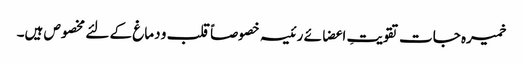
خمیرہ جات تقویتِ اعضائے رئیسہ خصوصاً قلب و دماغ کے لئے مخصوص ہیں۔